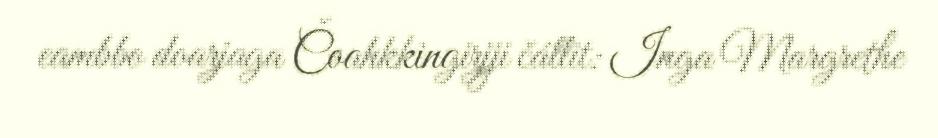
eambbo doarjaga Čoahkkingirjji čállit: Inga Margrethe